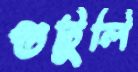
গুটুলি